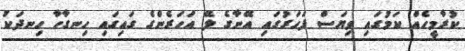
ކުރާމީހެއް ކަމުގައި ވިޔަސް ފަހަރުގައި އޭނާގެ ލޭ އަހަރެންގެ ގައިގައި ހިނގާހާ ހިނދަކު